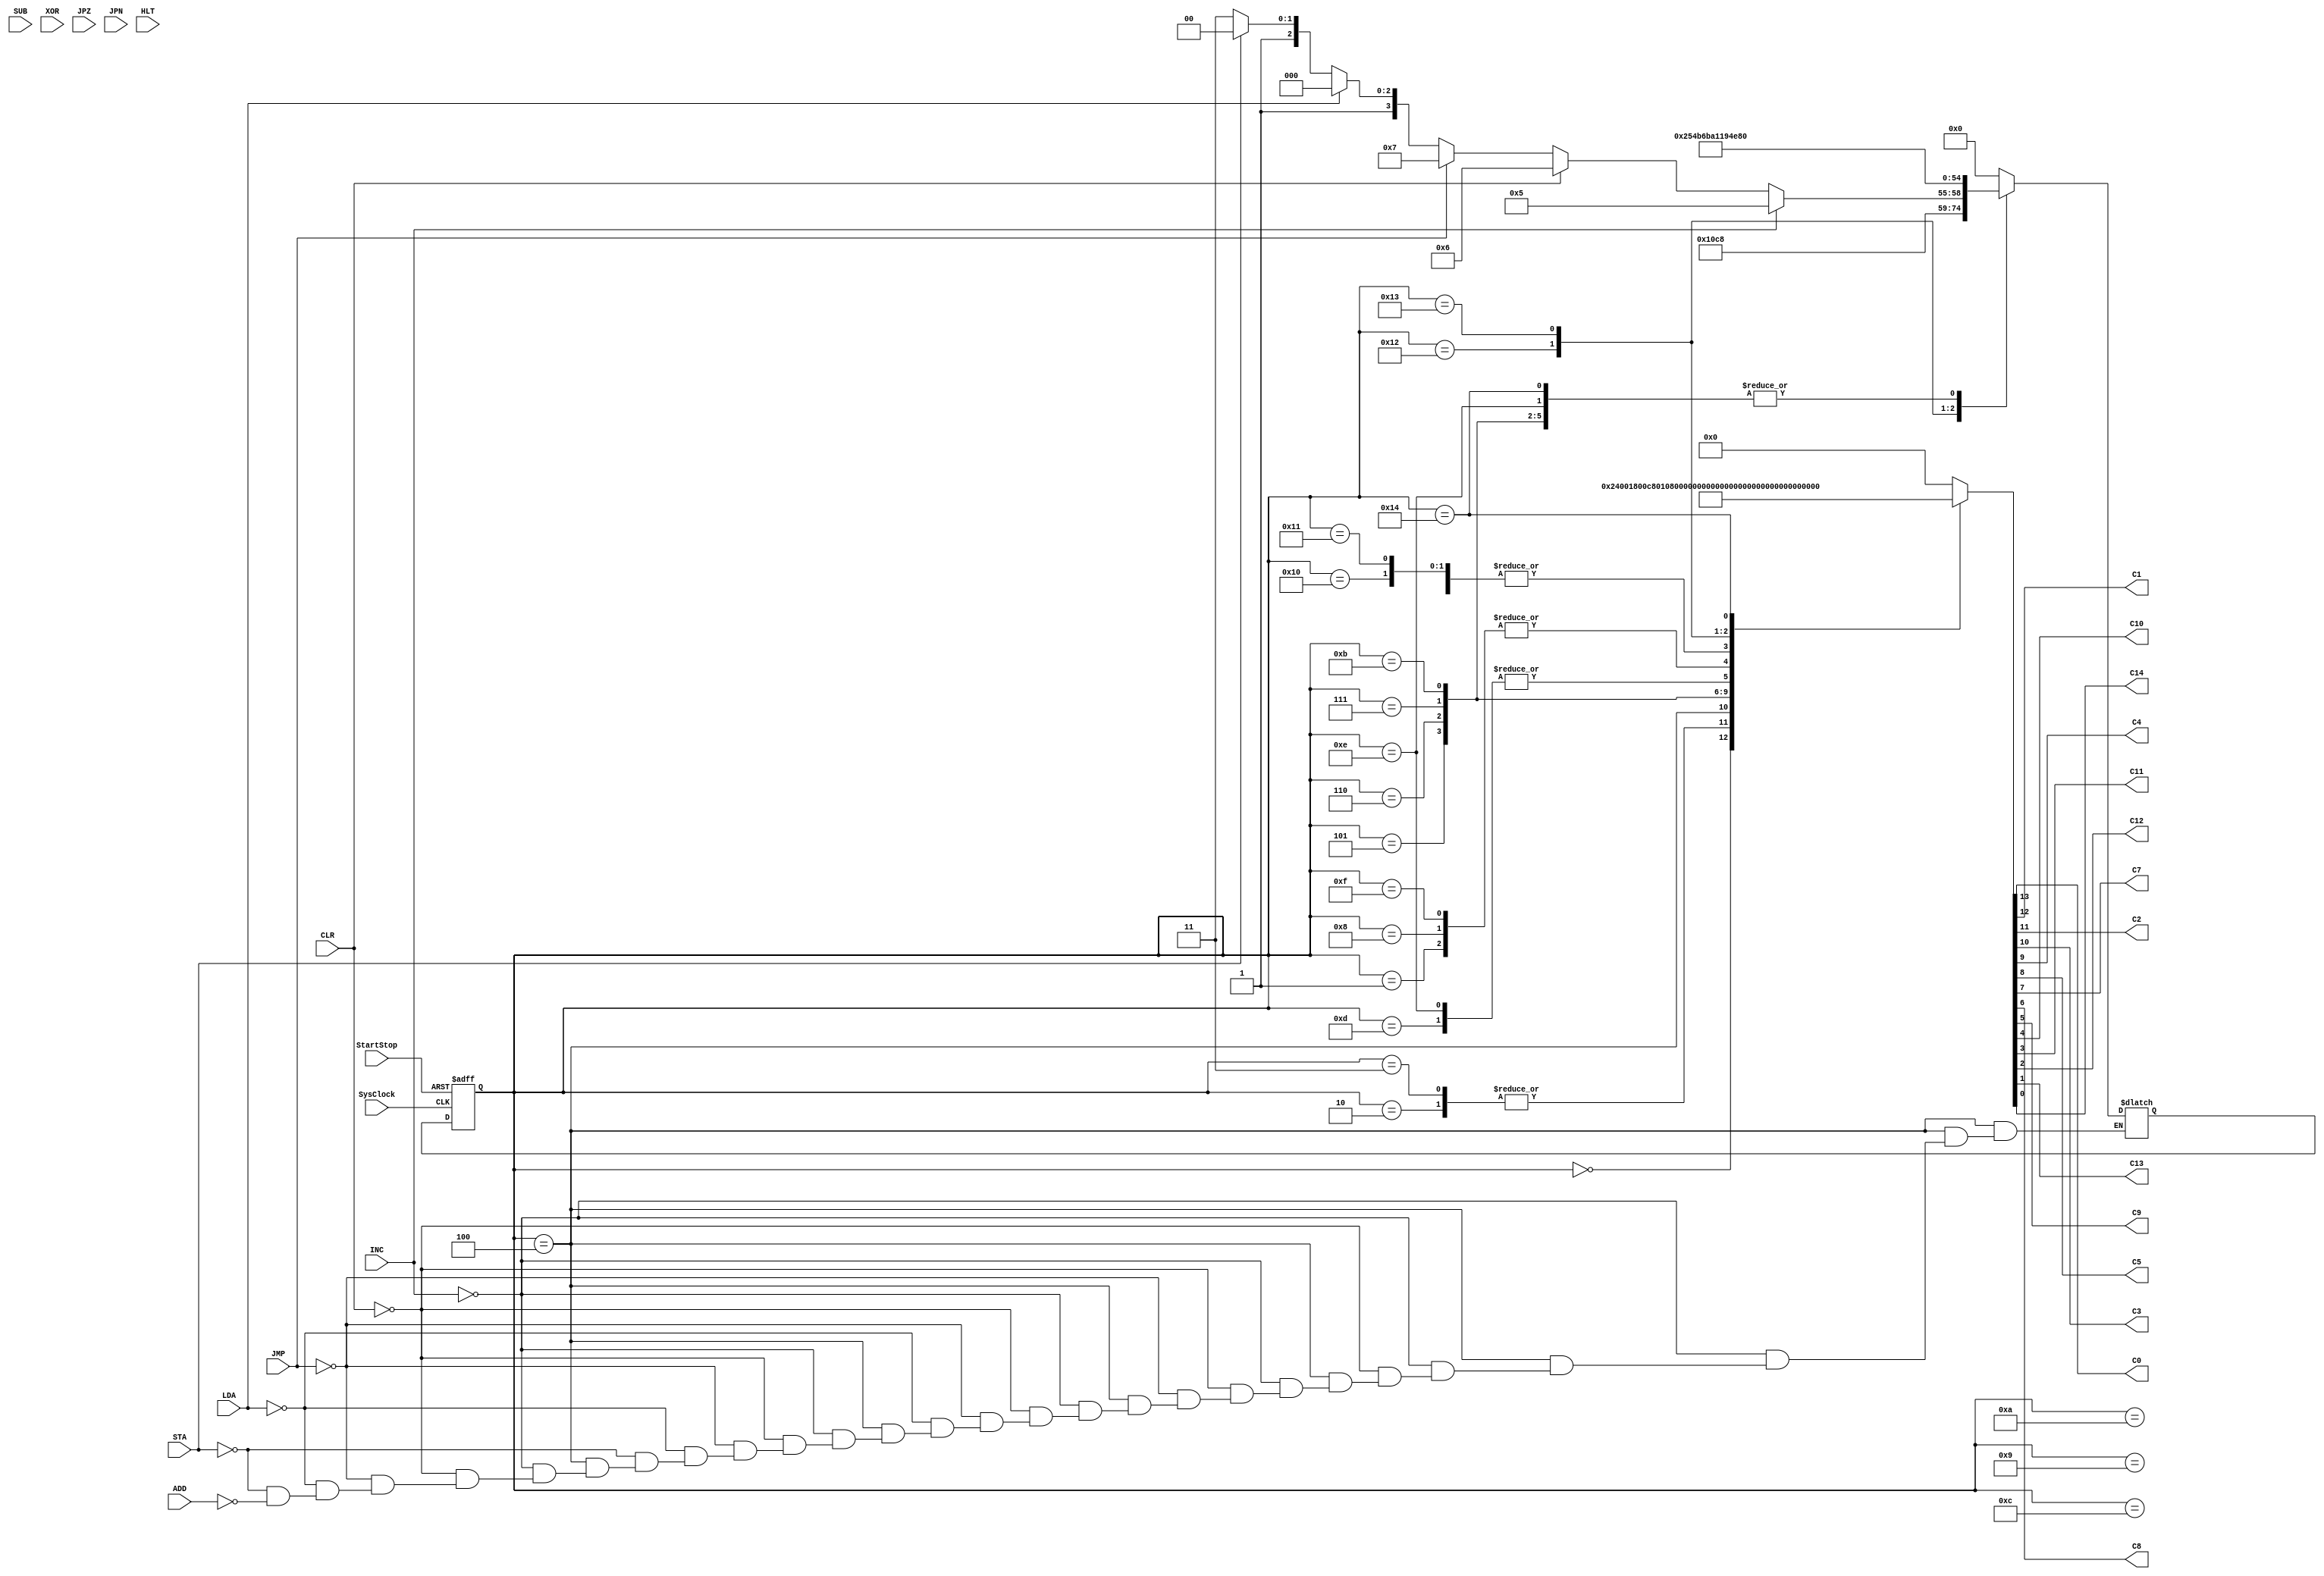
//TRISC Control Unit Finite State Machine
module triscFSM
(
	input SysClock,StartStop,LDA,STA,ADD,SUB,XOR,INC,CLR,JMP,JPZ,JPN,HLT,
	output reg C0,C1,C2,C3,C4,C5,C7,C8,C9,C10,C11,C12,C13,C14
);
	reg [4:0] state,nextstate;
	parameter A=5'b00000,B=5'b00001,C=5'b00010,D=5'b00011,E=5'b00100,F=5'b00101,G=5'b00110,H=5'b00111,I=5'b01000,J=5'b01001,K=5'b01010,L=5'b01011,M=5'b01100,N=5'b01101,O=5'b01110,P=5'b01111,Q=5'b10000,R=5'b10001,S=5'b10010,T=5'b10011,U=5'b10100;
	
	always @ (negedge SysClock,negedge StartStop)
		if (StartStop==1'b0) state <= A; else state <= nextstate;
	
	always @ (state,INC,CLR,JMP,LDA,STA,ADD)
		case (state)
			A: begin {C0,C1,C2,C3,C4,C5,C7,C8,C9,C10,C11,C12,C13,C14} = 14'b10010000000000; nextstate = B; end  //INITIALIZE
			B: begin {C0,C1,C2,C3,C4,C5,C7,C8,C9,C10,C11,C12,C13,C14} = 14'b00010000000000; nextstate = C; end  //FETCH
			C: begin {C0,C1,C2,C3,C4,C5,C7,C8,C9,C10,C11,C12,C13,C14} = 14'b00011000000000; nextstate = D; end  //FETCH
			D: begin {C0,C1,C2,C3,C4,C5,C7,C8,C9,C10,C11,C12,C13,C14} = 14'b00011000000000; nextstate = E; end  //FETCH
			E: begin {C0,C1,C2,C3,C4,C5,C7,C8,C9,C10,C11,C12,C13,C14} = 14'b00110010000000; 		    //DECODE
						if (INC) nextstate = F; 
							else if (CLR) nextstate = G; 
								else if (JMP) nextstate = H;
									else if (LDA) nextstate = I;
										else if (STA) nextstate = M;
											else if (ADD) nextstate = P; end
			F: begin {C0,C1,C2,C3,C4,C5,C7,C8,C9,C10,C11,C12,C13,C14} = 14'b00010000100000; nextstate = B; end  //INC=0110
			G: begin {C0,C1,C2,C3,C4,C5,C7,C8,C9,C10,C11,C12,C13,C14} = 14'b00010001000000; nextstate = B; end  //CLR=0111
			H: begin {C0,C1,C2,C3,C4,C5,C7,C8,C9,C10,C11,C12,C13,C14} = 14'b01010000000000; nextstate = B; end  //JMP=1000
			I: begin {C0,C1,C2,C3,C4,C5,C7,C8,C9,C10,C11,C12,C13,C14} = 14'b00010000000000; nextstate = J; end  //LDA=0000
			J: begin {C0,C1,C2,C3,C4,C5,C7,C8,C9,C10,C11,C12,C13,C14} = 14'b00001000000000; nextstate = K; end  //LDA
			K: begin {C0,C1,C2,C3,C4,C5,C7,C8,C9,C10,C11,C12,C13,C14} = 14'b00001000000000; nextstate = L; end  //LDA
			L: begin {C0,C1,C2,C3,C4,C5,C7,C8,C9,C10,C11,C12,C13,C14} = 14'b00010000001000; nextstate = B; end  //LDA
			M: begin {C0,C1,C2,C3,C4,C5,C7,C8,C9,C10,C11,C12,C13,C14} = 14'b00001000000000; nextstate = N; end  //STA=0001
			N: begin {C0,C1,C2,C3,C4,C5,C7,C8,C9,C10,C11,C12,C13,C14} = 14'b00001100000000; nextstate = O; end  //STA
			O: begin {C0,C1,C2,C3,C4,C5,C7,C8,C9,C10,C11,C12,C13,C14} = 14'b00001100000000; nextstate = B; end  //STA
			P: begin {C0,C1,C2,C3,C4,C5,C7,C8,C9,C10,C11,C12,C13,C14} = 14'b00010000000000; nextstate = Q; end  //ADD=0010
			Q: begin {C0,C1,C2,C3,C4,C5,C7,C8,C9,C10,C11,C12,C13,C14} = 14'b00001000000000; nextstate = R; end  //ADD
			R: begin {C0,C1,C2,C3,C4,C5,C7,C8,C9,C10,C11,C12,C13,C14} = 14'b00001000000000; nextstate = S; end  //ADD
			S: begin {C0,C1,C2,C3,C4,C5,C7,C8,C9,C10,C11,C12,C13,C14} = 14'b00010000010001; nextstate = T; end  //ADD
			T: begin {C0,C1,C2,C3,C4,C5,C7,C8,C9,C10,C11,C12,C13,C14} = 14'b00010000011001; nextstate = U; end  //ADD
			U: begin {C0,C1,C2,C3,C4,C5,C7,C8,C9,C10,C11,C12,C13,C14} = 14'b00010000010000; nextstate = B; end  //ADD
			default: begin {C0,C1,C2,C3,C4,C5,C7,C8,C9,C10,C11,C12,C13,C14} = 14'b0000000000000; nextstate = A; end
		endcase
endmodule